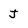
Character: j